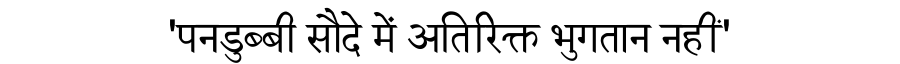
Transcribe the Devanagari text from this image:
'पनडुब्बी सौदे में अतिरिक्त भुगतान नहीं'